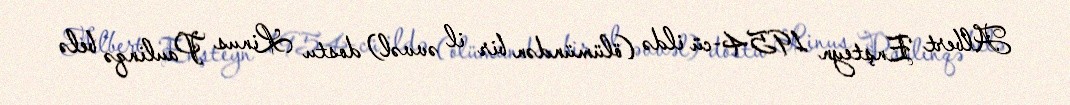
Albert Enşteyn 1954-cü ildə (ölümündən bir il əvvəl) dostu Linus Paulinqə belə